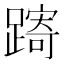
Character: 𨄾